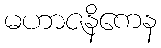
မဟာဇနိကေန